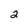
Character: 2